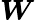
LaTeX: \boldsymbol{W}